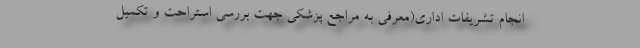
انجام تشریفات اداری(معرفی به مراجع پزشکی جهت بررسی استراحت و تکمیل